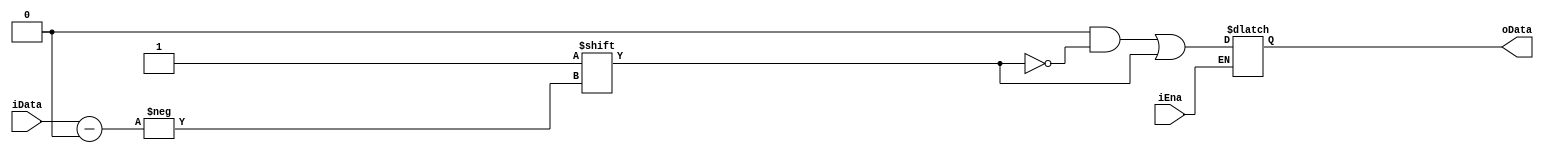
`timescale 1ns / 1ns
//////////////////////////////////////////////////////////////////////////////////
// Company: 
// Engineer: 
// 
// Design Name: 
// Module Name: decoder
// Project Name: 
// Target Devices: 
// Tool Versions: 
// Description: 
// 
// Dependencies: 
// 
// Revision:
// Revision 0.01 - File Created
// Additional Comments:
// 
//////////////////////////////////////////////////////////////////////////////////


module decoder5_32(//32
    input [4:0] iData,
    input  iEna,//
    output  [31:0] oData
    );
    reg [31:0] odata;
    always @(*)
    begin
    if(iEna==1)
    begin
    odata=0;
    odata[iData]=1;
    end
    end
    assign oData=odata;
endmodule